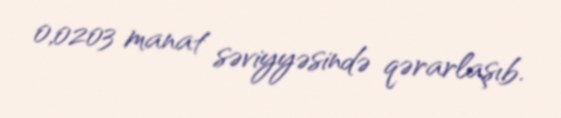
0,0203 manat səviyyəsində qərarlaşıb.